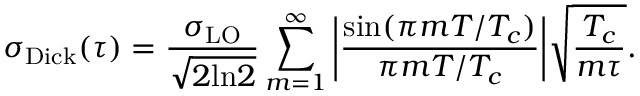
\sigma _ { \mathrm { D i c k } } ( \tau ) = \frac { \sigma _ { \mathrm { L O } } } { \sqrt { 2 \mathrm { l n } 2 } } \sum _ { m = 1 } ^ { \infty } \bigg | \frac { \mathrm { s i n } ( \pi m T / T _ { c } ) } { \pi m T / T _ { c } } \bigg | \sqrt { \frac { T _ { c } } { m \tau } } .